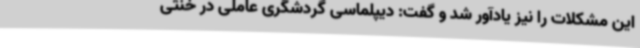
این مشکلات را نیز یادآور شد و گفت: دیپلماسی گردشگری عاملی در خنثی